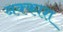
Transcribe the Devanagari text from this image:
नक्‍काश